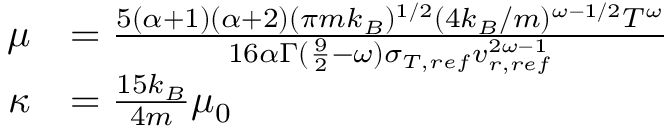
\begin{array} { r l } { \mu } & { = \frac { 5 ( \alpha + 1 ) ( \alpha + 2 ) ( \pi m k _ { B } ) ^ { 1 / 2 } ( 4 k _ { B } / m ) ^ { \omega - 1 / 2 } T ^ { \omega } } { 1 6 \alpha \Gamma ( \frac { 9 } { 2 } - \omega ) \sigma _ { T , r e f } v _ { r , r e f } ^ { 2 \omega - 1 } } } \\ { \kappa } & { = \frac { 1 5 k _ { B } } { 4 m } \mu _ { 0 } } \end{array}